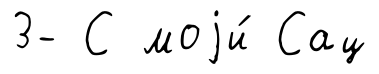
3- С моjи́ Сац